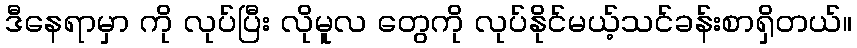
ဒီနေရာမှာ ကို လုပ်ပြီး လိုမူလ တွေကို လုပ်နိုင်မယ့်သင်ခန်းစာရှိတယ်။